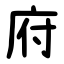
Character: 府